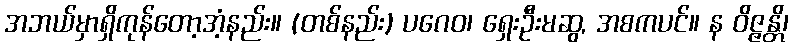
အဘယ်မှာရှိကုန်တော့အံ့နည်း။ (တစ်နည်း) ပဂေဝ၊ ရှေးဦးမဆွ, အစကပင်။ န ဝိဇ္ဇန္တိ၊